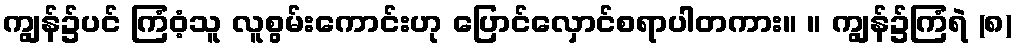
ကျွန်၌ပင် ကြံဝံ့သူ လူစွမ်းကောင်းဟု ပြောင်လှောင်စရာပါတကား။ ။ ကျွန်၌ကြံရဲ (၈)